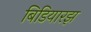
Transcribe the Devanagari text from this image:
बिडियारझ